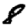
Digit: 8